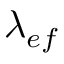
\lambda _ { e f }